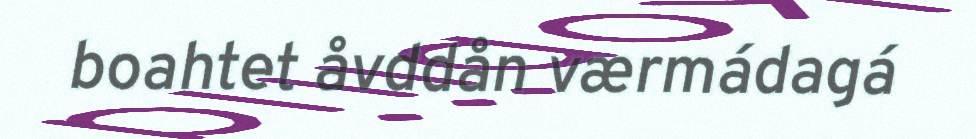
boahtet åvddån værmádagá